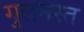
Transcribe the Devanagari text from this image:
गुलमस्त